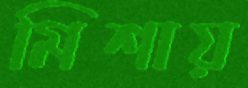
মিশায়